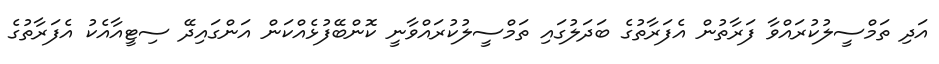
އަދި ތަމްސީލުކުރައްވާ ފަރާތުން އެފަރާތުގެ ބަދަލުގައި ތަމްސީލުކުރައްވާނީ ކޮންބޭފުޅެއްކަން އަންގައިދޭ ސިޓީއާއެކު އެފަރާތުގެ